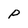
Character: P